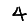
Digit: 4